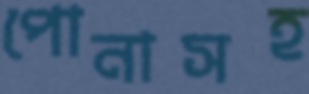
পোনাসহ